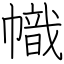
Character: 幟